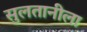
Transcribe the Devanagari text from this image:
सुलतानीला